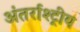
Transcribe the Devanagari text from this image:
अंतर्राश्ट्रीय